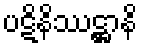
ပဋိနိဿဋ္ဌာနိ